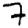
Digit: 7